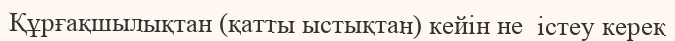
Құрғақшылықтан (қатты ыстықтан) кейін не  істеу керек